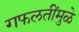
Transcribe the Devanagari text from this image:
गफलतींमुळे